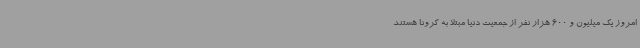
امروز یک میلیون و 600 هزار نفر از جمعیت دنیا مبتلا به کرونا هستند